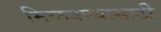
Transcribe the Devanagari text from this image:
मिळवण्यासाटी